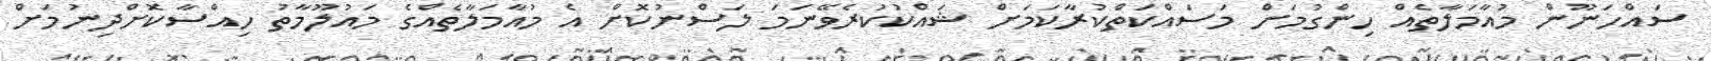
ސައްހަނޫން މުއާމަލާތެއް ހިންގުމަށް މަސައްކަތްކުރާކަމަށް ޝައްކުކުރެވޭނަމަ ލަސްނުކޮށް އެ މުއާމަލާތެއްގެ މައުލޫމާތު ހިއްސާކޮށްދިނުމަށް